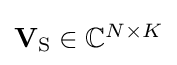
{\textstyle \mathbf {V} _{\mathrm {S} }\in \mathbb {C} ^{N\times K}}